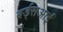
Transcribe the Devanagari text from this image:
बर्ड्सआई